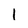
Character: 1